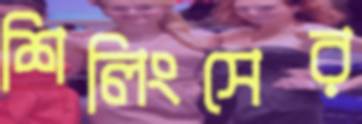
শিলিংসের